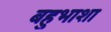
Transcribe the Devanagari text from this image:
बहुभाशा